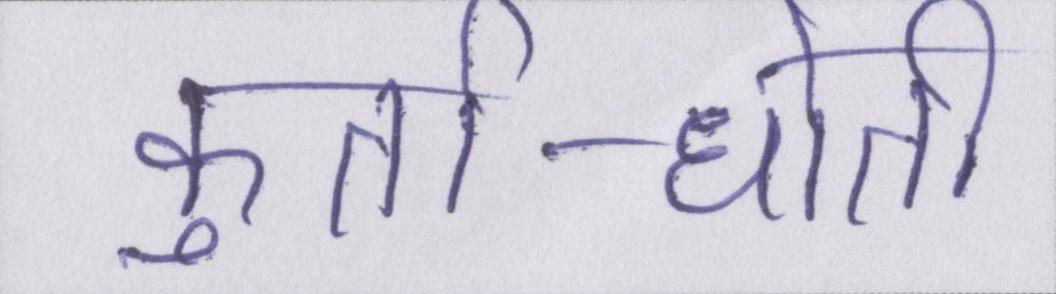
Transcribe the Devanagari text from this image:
कुर्ता-धोती